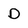
Character: D